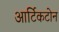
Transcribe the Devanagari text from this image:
आर्टिकटोन